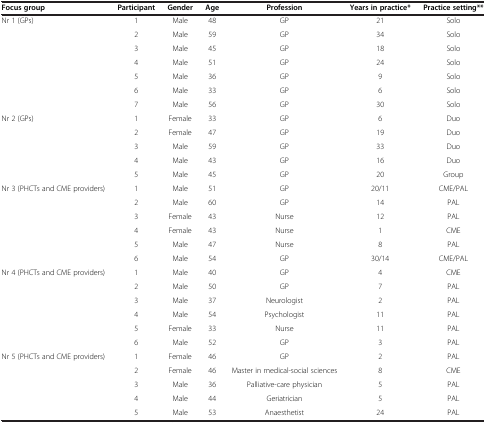
| Focus group | Participant | Gender | Age | Profession | Years in practice* | Practice setting** |
 | --- | --- | --- | --- | --- | --- | --- |
 | <ROWSPAN=7> Nr 1 (GPs) | 1 | Male | 48 | GP | 21 | Solo |
 | 2 | Male | 59 | GP | 34 | Solo |
 | 3 | Male | 45 | GP | 18 | Solo |
 | 4 | Male | 51 | GP | 24 | Solo |
 | 5 | Male | 36 | GP | 9 | Solo |
 | 6 | Male | 33 | GP | 6 | Solo |
 | 7 | Male | 56 | GP | 30 | Solo |
 | <ROWSPAN=5> Nr 2 (GPs) | 1 | Female | 33 | GP | 6 | Duo |
 | 2 | Female | 47 | GP | 19 | Duo |
 | 3 | Male | 59 | GP | 33 | Duo |
 | 4 | Male | 43 | GP | 16 | Duo |
 | 5 | Male | 45 | GP | 20 | Group |
 | <ROWSPAN=6> Nr 3 (PHCTs and CME providers) | 1 | Male | 51 | GP | 20/11 | CME/PAL |
 | 2 | Male | 60 | GP | 14 | PAL |
 | 3 | Female | 43 | Nurse | 12 | PAL |
 | 4 | Female | 43 | Nurse | 1 | CME |
 | 5 | Male | 47 | Nurse | 8 | PAL |
 | 6 | Male | 54 | GP | 30/14 | CME/PAL |
 | <ROWSPAN=6> Nr 4 (PHCTs and CME providers) | 1 | Male | 40 | GP | 4 | CME |
 | 2 | Male | 50 | GP | 7 | PAL |
 | 3 | Male | 37 | Neurologist | 2 | PAL |
 | 4 | Male | 54 | Psychologist | 11 | PAL |
 | 5 | Female | 33 | Nurse | 11 | PAL |
 | 6 | Male | 52 | GP | 3 | PAL |
 | <ROWSPAN=5> Nr 5 (PHCTs and CME providers) | 1 | Female | 46 | GP | 2 | PAL |
 | 2 | Female | 46 | Master in medical-social sciences | 8 | CME |
 | 3 | Male | 36 | Palliative-care physician | 5 | PAL |
 | 4 | Male | 44 | Geriatrician | 5 | PAL |
 | 5 | Male | 53 | Anaesthetist | 24 | PAL |